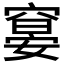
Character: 𰩖